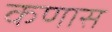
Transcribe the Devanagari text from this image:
कणास